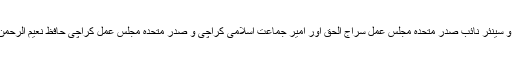
افطار پارٹی سے امیر جماعت اسلامی پاکستان و سینئر نائب صدر متحدہ مجلس عمل سراج الحق اور امیر جماعت اسلامی کراچی و صدر متحدہ مجلس عمل کراچی حافظ نعیم الرحمٰن سمیت دیگر قائدین اور علماء خطاب کرینگے۔